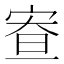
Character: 𡨵